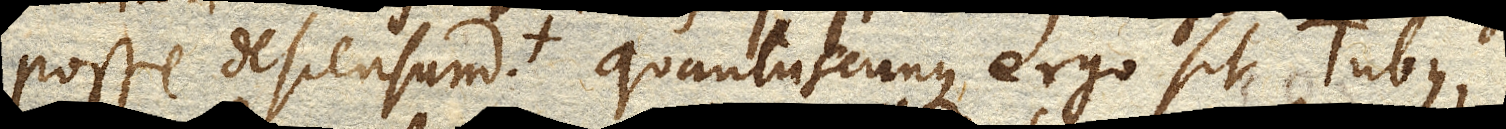
posse descensum. Quantuscunque ergo sit Tubus,